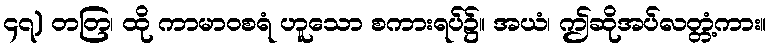
၄၇) တတြ၊ ထို ကာမာဝစရံ ဟူသော စကားရပ်၌။ အယံ၊ ဤဆိုအပ်လတ္တံ့ကား။